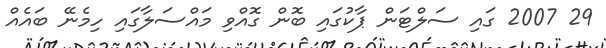
29 2007 ގައި ސަލްޓަން ޕާކުގައި ބޮން ގޮއްވި މައްސަލާގައި ހިމެނޭ ބައެއް